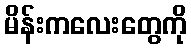
မိန်းကလေးတွေကို